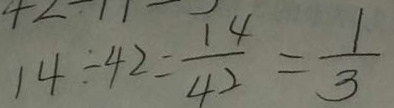
1 4 \div 4 2 = \frac { 1 4 } { 4 2 } = \frac { 1 } { 3 }